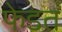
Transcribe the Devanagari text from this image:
फेडत